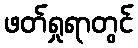
ဖတ်ရှုရာတွင်